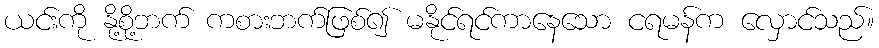
ယင်းကို နို့စို့ဘက် ကစားဘက်ဖြစ်၍ မနိုင်ရင်ကာနေသော ငရမန်က လှောင်သည်။